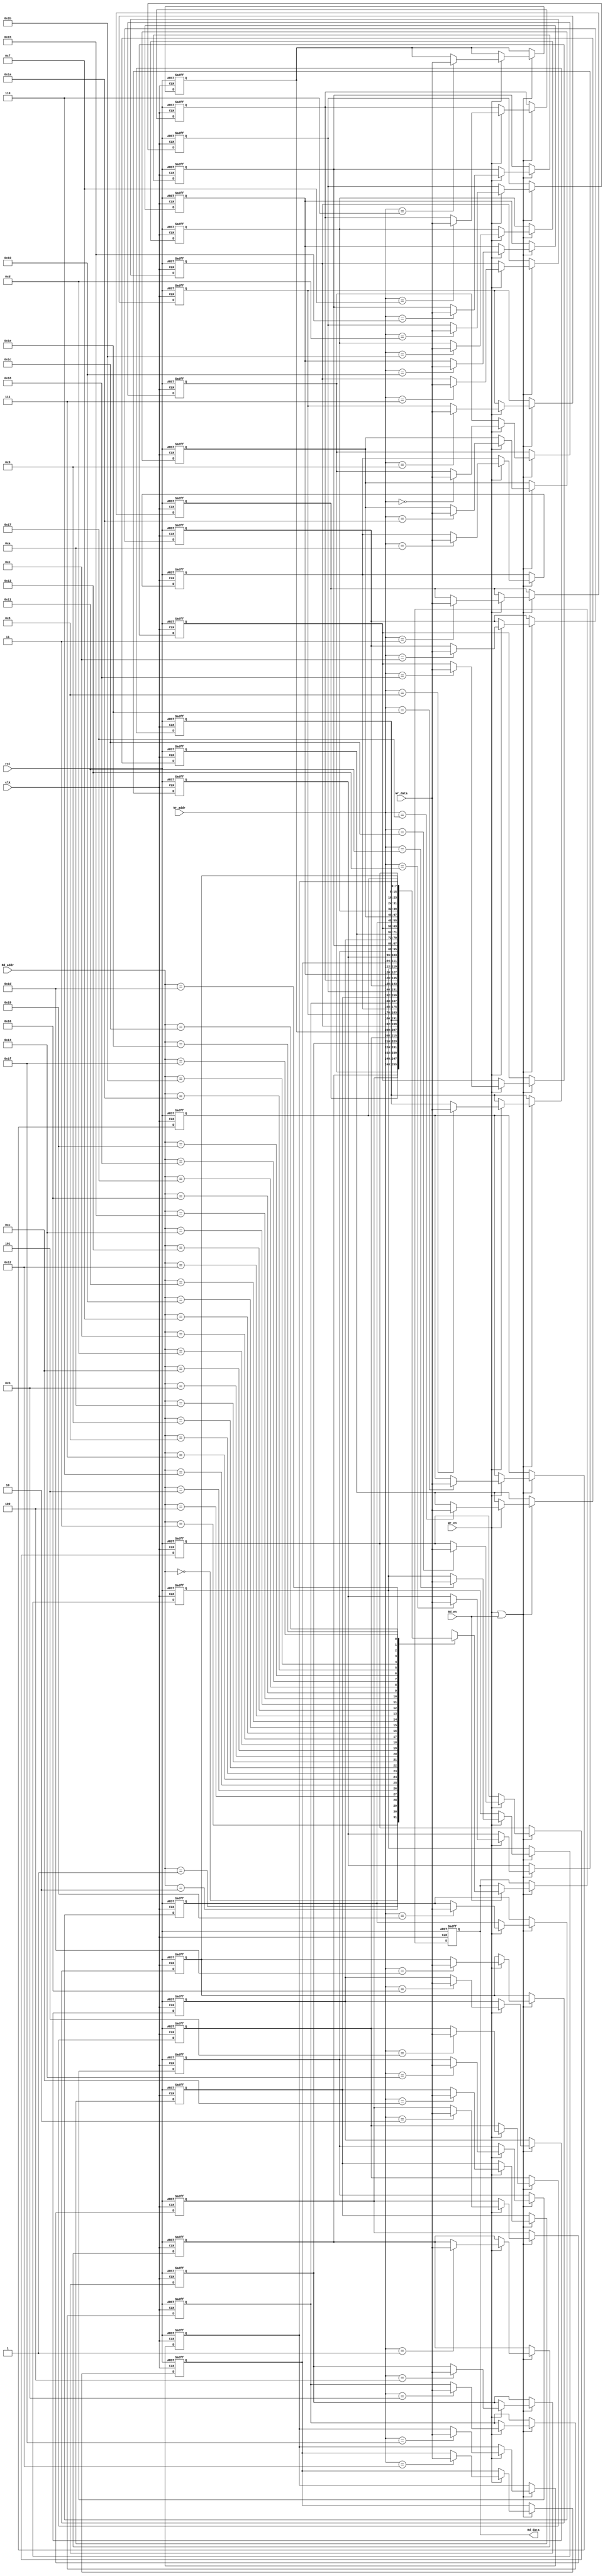
module Memory
#(parameter Data_width = 8,
            Addr_width = 5)
(
    input wire [Data_width-1:0] Wr_data,
    input wire [Addr_width-1:0] Wr_addr, Rd_addr,
    input wire Wr_en, Rd_en, clk, rst,
    output reg [Data_width-1:0] Rd_data
);
integer i;
reg [Data_width-1:0]    Mem     [(2**Addr_width)-1:0];

always @(posedge clk or negedge rst) begin
    if(!rst)
    begin
        for ( i=0;i<2**Addr_width ;i=i+1 ) begin
            Mem[i] <= 'b0;
            Rd_data <= 'b0;
        end
    end
    else if (Wr_en || Rd_en) begin
        if (Wr_en) begin
            Mem[Wr_addr] <= Wr_data;
        end
        if (Rd_en) begin
            Rd_data <= Mem[Rd_addr];
        end
    end
end
    
endmodule